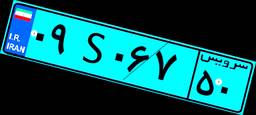
۰۹S۰۶۷۵۰